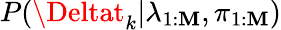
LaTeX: P(\Deltat_{k}|\lambda_{1:\mathbf{M}},\pi_{1:\mathbf{M}})